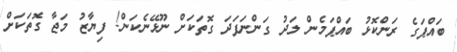
ބައްޕަގެ ރަންކޮޅު ބައްޕަމެން ލަދު ގަންނަފަދަ ގޮތަކަށް ނޫޅޭނެކަން! ފިޔާޒު މަޖާ ގޮތަކަށް